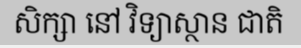
សិក្សា នៅ វិទ្យាស្ថាន ជាតិ